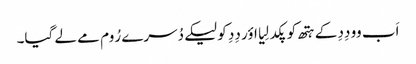
اَب وو دِدِ کے ہتھ کو پکد لِیا اؤر دِدِ کو لیکے دُسرے رُوم مے لے گیا۔